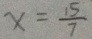
x = \frac { 1 5 } { 7 }